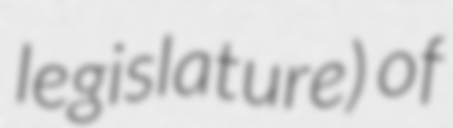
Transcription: legislature) of